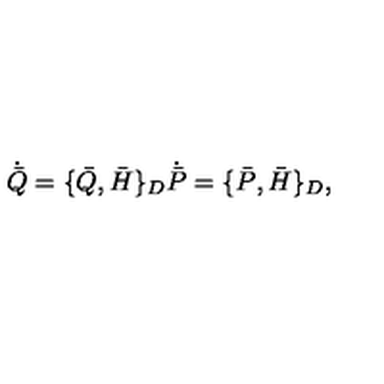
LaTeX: \dot { \bar { Q } } = \{ \bar { Q } , \bar { H } \} _ { D } \dot { \bar { P } } = \{ \bar { P } , \bar { H } \} _ { D } ,